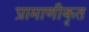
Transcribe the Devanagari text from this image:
प्रामाणीकृत